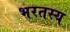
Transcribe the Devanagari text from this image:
भरतस्य